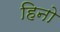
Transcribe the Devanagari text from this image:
हिनो